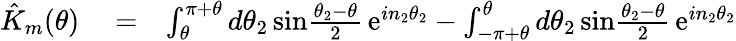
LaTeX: \begin{array}{rlr}{\hat{K}_{m}(\theta)}&{{}=}&{\int_{\theta}^{\pi+\theta}d\theta_{2}\, \mathrm{sin}{\frac{\theta_{2}-\theta}{2}}\, \mathrm{e}^{in_{2}\theta_{2}}-\int_{-\pi+\theta}^{\theta}d\theta_{2}\, \mathrm{sin}{\frac{\theta_{2}-\theta}{2}}\, \mathrm{e}^{in_{2}\theta_{2}}}\end{array}